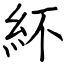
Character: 紑